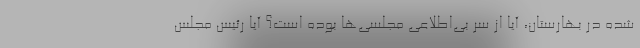
شده در بهارستان، آیا از سر بی‌اطلاعی مجلسی‌ها بوده است؟ آیا رئیس مجلس